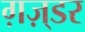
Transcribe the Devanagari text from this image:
ग़ज़्डर